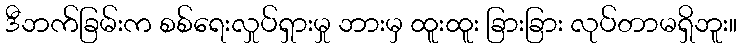
ဒီဘက်ခြမ်းက စစ်ရေးလှုပ်ရှားမှု ဘားမှ ထူးထူး ခြားခြား လုပ်တာမရှိဘူး။